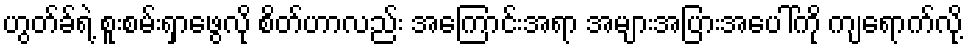
ဟွတ်ခ်ရဲ့ စူးစမ်းရှာဖွေလို စိတ်ဟာလည်း အကြောင်းအရာ အများအပြားအပေါ်ကို ကျရောက်လို့